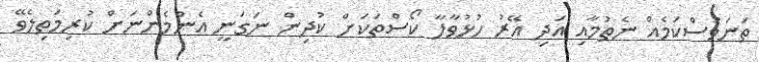
ތަނަވަސްކަމެއް ނެތުމާއި އަދި އޭރު ހުޅުވާލާ ކޯސްތަކަށް ކުދިން ނަގަނީ އެންމެންނަށް ކުރިމަތިލެވޭ